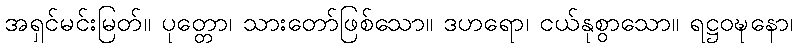
အရှင်မင်းမြတ်။ ပုတ္တော၊ သားတော်ဖြစ်သော။ ဒဟရော၊ ငယ်နုစွာသော။ ရဋ္ဌဝဍ္ဎနော၊